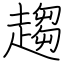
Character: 趨